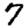
Digit: 7